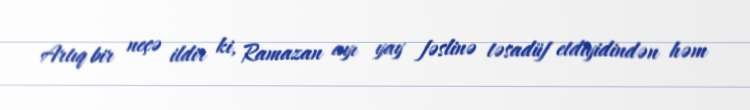
Artıq bir neçə ildir ki, Ramazan ayı yay fəslinə təsadüf etdiyidindən həm